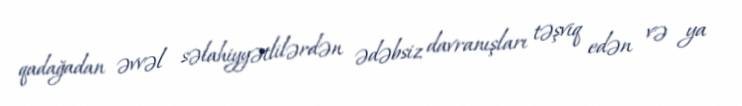
qadağadan əvvəl səlahiyyətlilərdən ədəbsiz davranışları təşviq edən və ya